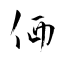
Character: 価